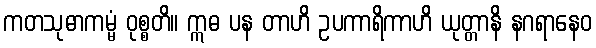
ကတသုဓာကမ္မံ ဝုစ္စတိ။ ဣဓ ပန တာဟိ ဥပကာရိကာဟိ ယုတ္တာနိ နဂရာနေဝ